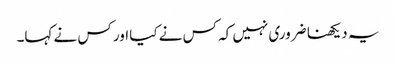
یہ دیکھنا ضروری نہیں کہ کس نے کیا اور کس نے کہا۔